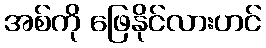
အစ်ကို ဖြေနိုင်လားဟင်